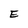
Character: E